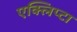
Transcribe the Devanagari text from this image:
एक्लिप्टा